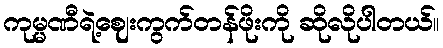
ကုမ္မဏီရဲ့ဈေးကွက်တန်ဖိုးကို ဆိုလိုပါတယ်။